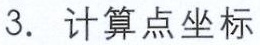
3. 计算点坐标